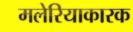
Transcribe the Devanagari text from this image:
मलेरियाकारक